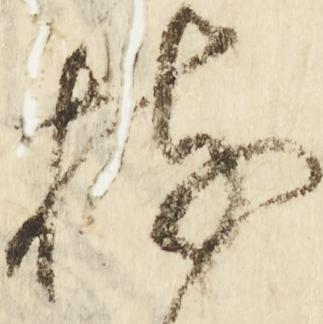
持